Scottish Leaving Certificate Examination, 1960
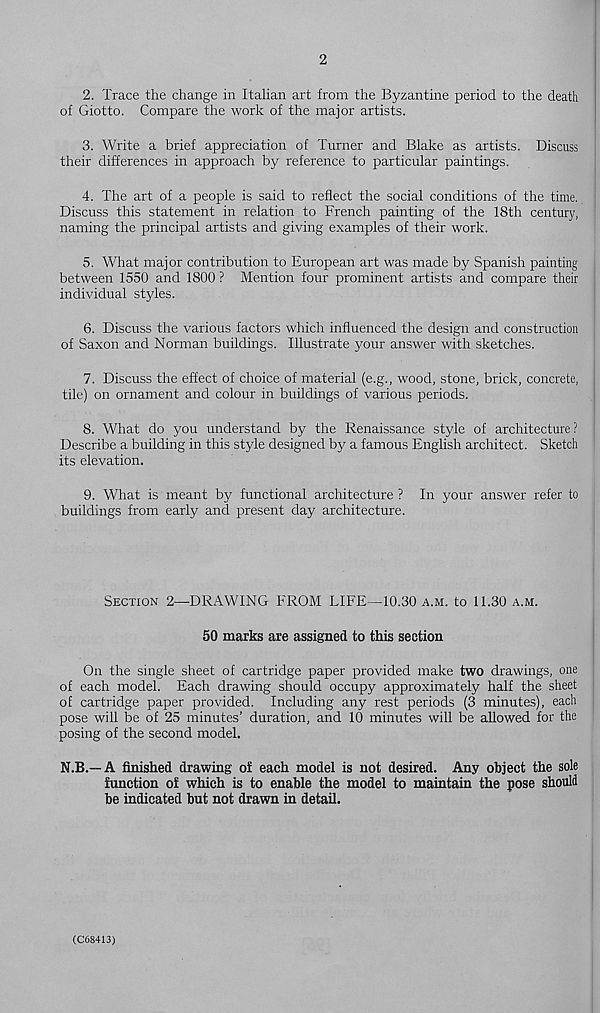
2
2. Trace the change in Italian art from the Byzantine period to the death
of Giotto. Compare the work of the major artists.
3. Write a brief appreciation of Turner and Blake as artists. Discuss
their differences in approach by reference to particular paintings.
4. The art of a people is said to reflect the social conditions of the time.
Discuss this statement in relation to French painting of the 18th century,
naming the principal artists and giving examples of their work.
5. What major contribution to European art was made by Spanish painting
between 1550 and 1800 ? Mention four prominent artists and compare their
individual styles.
6. Discuss the various factors which influenced the design and construction
of Saxon and Norman buildings. Illustrate your answer with sketches.
7. Discuss the effect of choice of material (e.g., wood, stone, brick, concrete,
tile) on ornament and colour in buildings of various periods.
8. What do you understand by the Renaissance style of architecture ?
Describe a building in this style designed by a famous English architect. Sketch
its elevation.
9. What is meant by functional architecture ? In your answer refer to
buildings from early and present day architecture.
Section 2—DRAWING FROM LIFE—10.30 a.m. to 11.30 a.m.
50 marks are assigned to this section
On the single sheet of cartridge paper provided make two drawings, one
of each model. Each drawing should occupy approximately half the sheet
of cartridge paper provided. Including any rest periods (3 minutes), each
pose will be of 25 minutes’ duration, and 10 minutes will be allowed for the
posing of the second model.
N.B.—A finished drawing of each model is not desired. Any object the sole
function of which is to enable the model to maintain the pose should
be indicated but not drawn in detail.
(C68413)